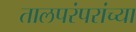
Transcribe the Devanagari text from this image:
तालपरंपरांच्या